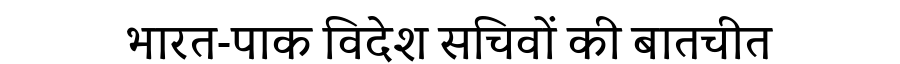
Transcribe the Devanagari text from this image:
भारत-पाक विदेश सचिवों की बातचीत